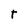
Character: T